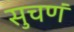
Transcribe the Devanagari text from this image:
सुचणं